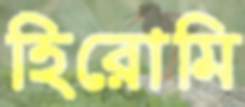
হিরোমি